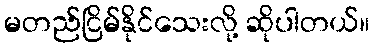
မတည်ငြိမ်နိုင်သေးလို့ ဆိုပါတယ်။